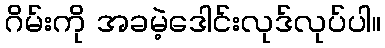
ဂိမ်းကို အခမဲ့ဒေါင်းလုဒ်လုပ်ပါ။